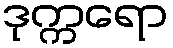
ဒုက္ကရော